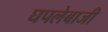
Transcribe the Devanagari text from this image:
घपलेबाजी